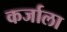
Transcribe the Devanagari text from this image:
कर्जाला